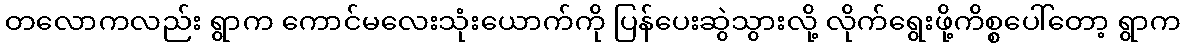
တလောကလည်း ရွာက ကောင်မလေးသုံးယောက်ကို ပြန်ပေးဆွဲသွားလို့ လိုက်ရွေးဖို့ကိစ္စပေါ်တော့ ရွာက